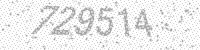
Solution: 729514